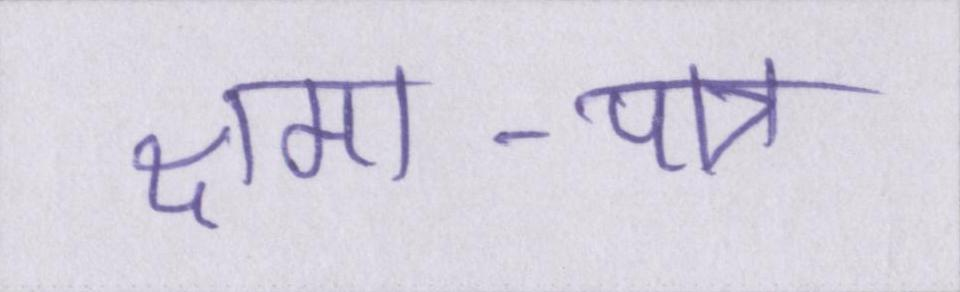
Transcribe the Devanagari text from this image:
क्षमा-पात्र